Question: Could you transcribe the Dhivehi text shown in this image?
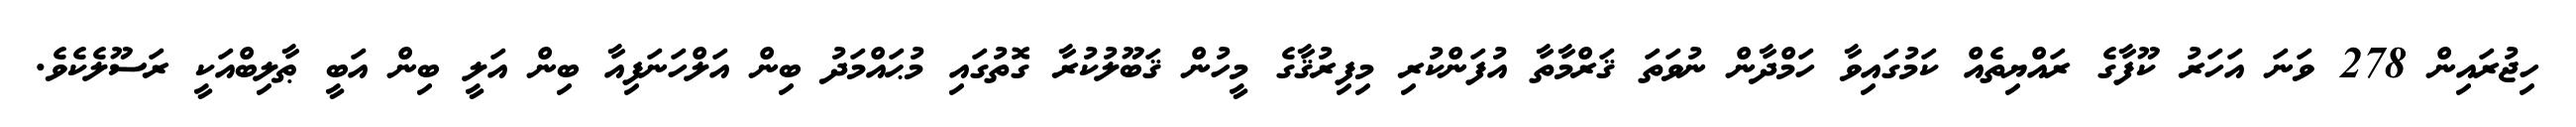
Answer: ހިޖުރައިން 278 ވަނަ އަހަރު ކޫފާގެ ރައްޔިތެއް ކަމުގައިވާ ހަމްދާން ނުވަތަ ޤަރްމާތާ އުފަންކުރި މިފިރުޤާގެ މީހުން ޤަބޫލުކުރާ ގޮތުގައި މުޙައްމަދު ބިން އަލްހަނަފިއާ ބިން އަލީ ބިން އަބީ ޠާލިބްއަކީ ރަސޫލެކެވެ.